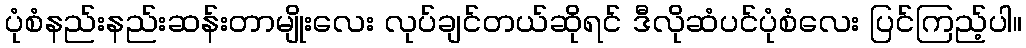
ပုံစံနည်းနည်းဆန်းတာမျိုးလေး လုပ်ချင်တယ်ဆိုရင် ဒီလိုဆံပင်ပုံစံလေး ပြင်ကြည့်ပါ။